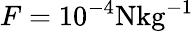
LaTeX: F=10^{-4}\mathrm{N{kg}^{-1}}